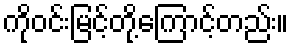
ကိုဝင်းမြင့်တို့ကြောင့်တည်း။